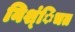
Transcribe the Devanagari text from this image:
निश्ंिचत